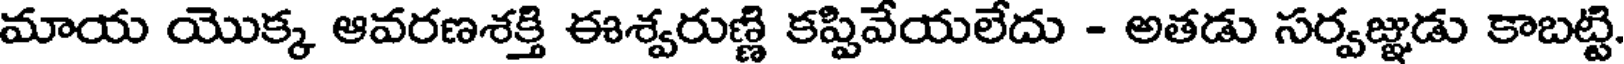
మాయ యొక్క ఆవరణశక్తి ఈశ్వరుణ్ణి కప్పివేయలేదు - అతడు సర్వజ్ఞడు కాబట్టి